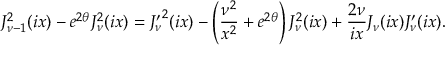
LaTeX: J _ { \nu - 1 } ^ { 2 } ( i x ) - e ^ { 2 \theta } J _ { \nu } ^ { 2 } ( i x ) = { J _ { \nu } ^ { \prime } } ^ { 2 } ( i x ) - \left( { \frac { \nu ^ { 2 } } { x ^ { 2 } } } + e ^ { 2 \theta } \right) J _ { \nu } ^ { 2 } ( i x ) + { \frac { 2 \nu } { i x } } J _ { \nu } ( i x ) J _ { \nu } ^ { \prime } ( i x ) .